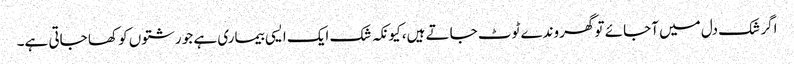
اگر شک دل میں آجائے تو گھروندے ٹوٹ جاتے ہیں، کیونکہ شک ایک ایسی بیماری ہے جو رشتوں کو کھا جاتی ہے۔